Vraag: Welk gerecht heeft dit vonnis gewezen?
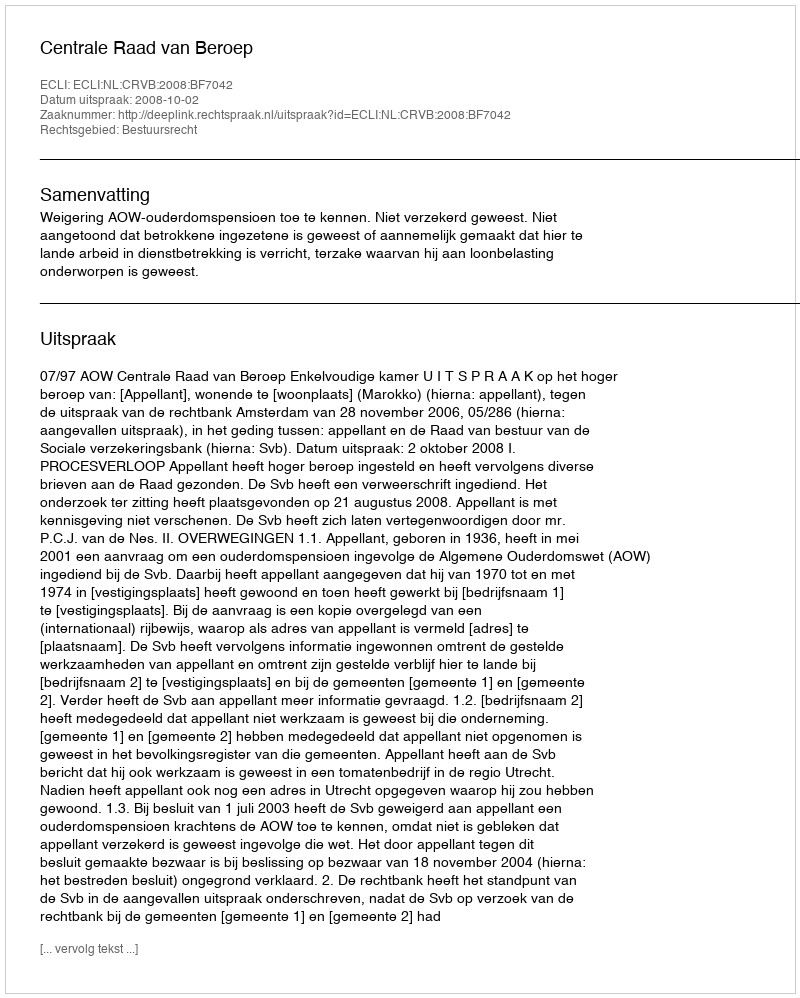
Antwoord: Centrale Raad van Beroep